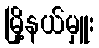
မြို့နယ်မှူး